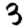
Digit: 3